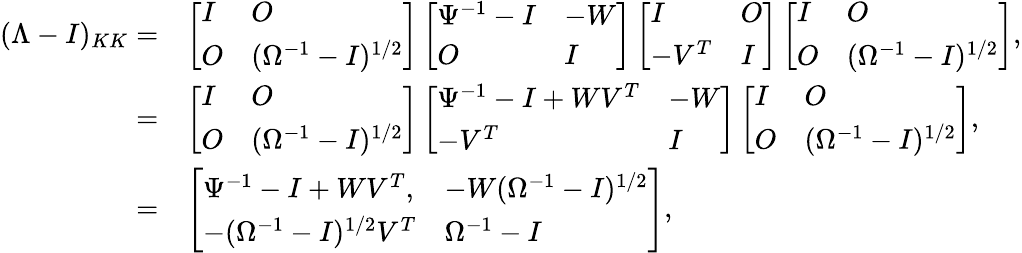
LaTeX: \begin{array}{rl}{(\Lambda-I)_{KK}=}&{\left[\begin{array}{ll}{I}&{O}\\ {O}&{(\Omega^{-1}-I)^{1/2}}\end{array}\right]\left[\begin{array}{ll}{\Psi^{-1}-I}&{-W}\\ {O}&{I}\end{array}\right]\left[\begin{array}{ll}{I}&{O}\\ {-V^{T}}&{I}\end{array}\right]\left[\begin{array}{ll}{I}&{O}\\ {O}&{(\Omega^{-1}-I)^{1/2}}\end{array}\right],}\\ {=}&{\left[\begin{array}{ll}{I}&{O}\\ {O}&{(\Omega^{-1}-I)^{1/2}}\end{array}\right]\left[\begin{array}{ll}{\Psi^{-1}-I+WV^{T}}&{-W}\\ {-V^{T}}&{I}\end{array}\right]\left[\begin{array}{ll}{I}&{O}\\ {O}&{(\Omega^{-1}-I)^{1/2}}\end{array}\right],}\\ {=}&{\left[\begin{array}{ll}{\Psi^{-1}-I+WV^{T},}&{-W(\Omega^{-1}-I)^{1/2}}\\ {-(\Omega^{-1}-I)^{1/2}V^{T}}&{\Omega^{-1}-I}\end{array}\right],}\end{array}